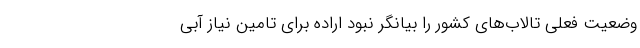
وضعیت فعلی تالاب‌های کشور را بیانگر نبود اراده برای تامین نیاز آبی